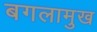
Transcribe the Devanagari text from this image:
बगलामुख